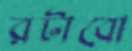
রটাবো